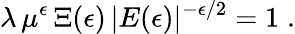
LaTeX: \lambda\, \mu^{\epsilon}\, \Xi(\epsilon)\, |E(\epsilon)|^{-\epsilon/2}=1\; .